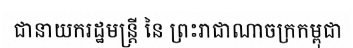
ជានាយករដ្ឋមន្ត្រី នៃ ព្រះរាជាណាចក្រកម្ពុជា